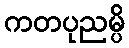
ကတပုညမ္ပိ